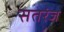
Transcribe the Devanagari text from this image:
सतरंज